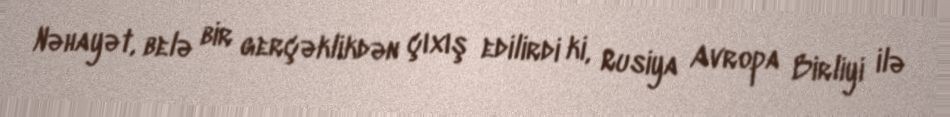
Nəhayət, belə bir gerçəklikdən çıxış edilirdi ki, Rusiya Avropa Birliyi ilə